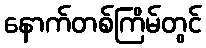
နောက်တစ်ကြိမ်တွင်